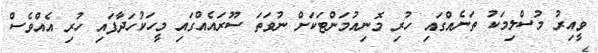
ވީއިރު މުސްލިމަކު ތަނެއްގައި ހުރި މޮނިއުމަންޓަކަށް ނުވަތަ ސޫރައެއްގައި މީހަކުހަދާފައި ހުރި އެއްވެސް